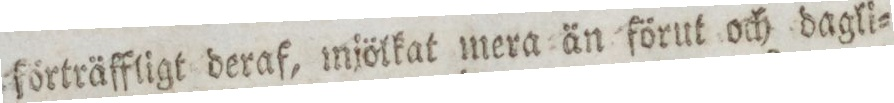
förträffligt deraf, miölkat mera än förut och dagli=